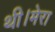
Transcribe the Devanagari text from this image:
थी।मेरा